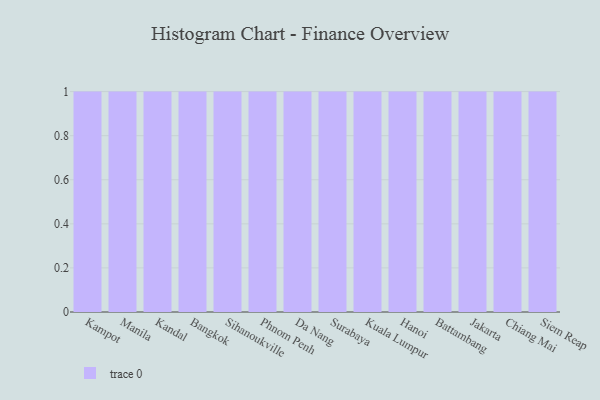
{"axis": {"x": "City", "y": "Active Users"}, "legend": [""], "data": [{"x": "Kampot", "y": 51, "type": ""}, {"x": "Manila", "y": 45, "type": ""}, {"x": "Kandal", "y": 21, "type": ""}, {"x": "Bangkok", "y": 14, "type": ""}, {"x": "Sihanoukville", "y": 71, "type": ""}, {"x": "Phnom Penh", "y": 12, "type": ""}, {"x": "Da Nang", "y": 26, "type": ""}, {"x": "Surabaya", "y": 10, "type": ""}, {"x": "Kuala Lumpur", "y": 16, "type": ""}, {"x": "Hanoi", "y": 55, "type": ""}, {"x": "Battambang", "y": 7, "type": ""}, {"x": "Jakarta", "y": 18, "type": ""}, {"x": "Chiang Mai", "y": 40, "type": ""}, {"x": "Siem Reap", "y": 32, "type": ""}]}